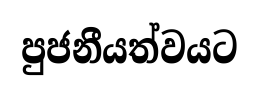
පුජනීයත්වයට